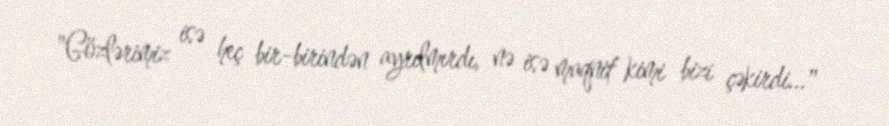
"Gözlərimiz isə heç bir-birindən ayrılmırdı, nə isə maqnit kimi bizi çəkirdi..."